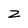
Character: Z